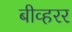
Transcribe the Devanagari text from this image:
बीव्हरर